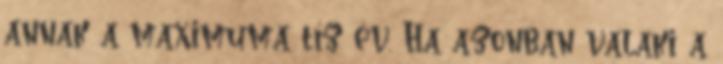
annak a maximuma tíz év. Ha azonban valaki a